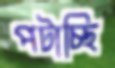
পটাচ্ছি